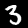
Digit: 3